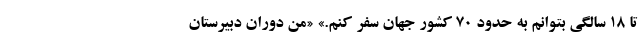
تا ۱۸ سالگی بتوانم به حدود ۷۰ کشور جهان سفر کنم.» «من دوران دبیرستان